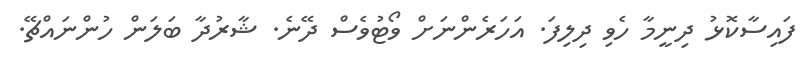
ފައިސާކޮޅު ދިނީމާ ހެވި ދިލިފަ. އަހަރެންނަށް ވޯޓުވެސް ދޭނެ. ޝާރުދާ ބަލަން ހުންނައްޗޭ.